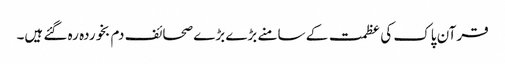
قرآن پاک کی عظمت کے سامنے بڑے بڑے صحائف دم بخوردہ رہ گئے ہیں۔